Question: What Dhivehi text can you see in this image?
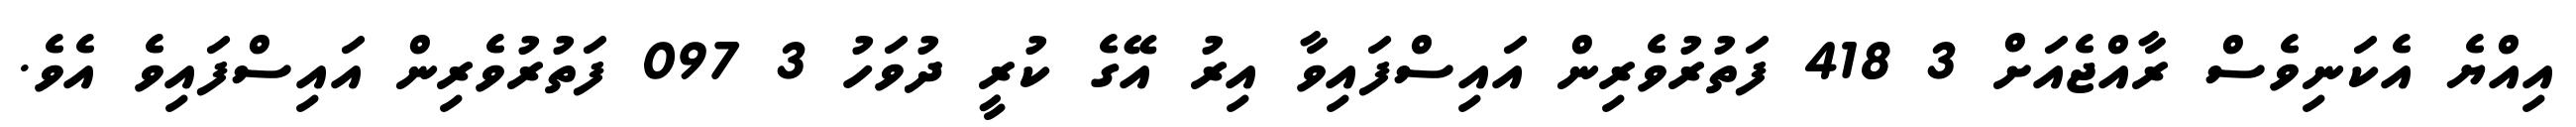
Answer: އިއްޔެ އެކަނިވެސް ރާއްޖެއަށް 3 418 ފަތުރުވެރިން އައިސްފައިވާ އިރު އޭގެ ކުރީ ދުވަހު 3 097 ފަތުރުވެރިން އައިސްފައިވެ އެވެ.